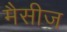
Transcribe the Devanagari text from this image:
मैसीज